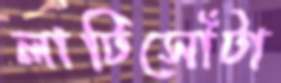
লাটিসোঁটা